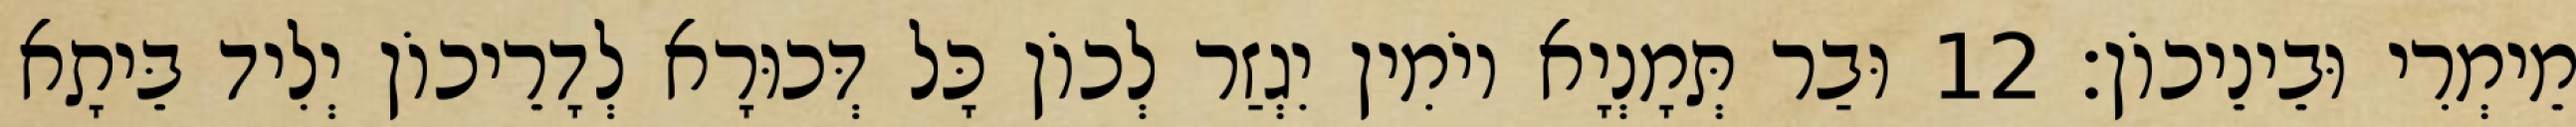
מֵימְרִי וּבֵינֵיכוֹן׃ 12 וּבַר תְּמָנְיָא יוֹמִין יִגְזַר לְכוֹן כָּל דְּכוּרָא לְדָרֵיכוֹן יְלִיד בֵּיתָא